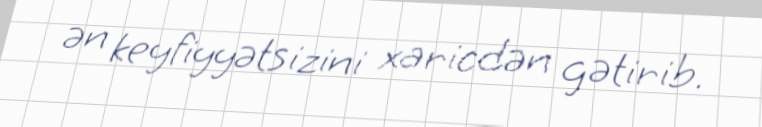
ən keyfiyyətsizini xaricdən gətirib.